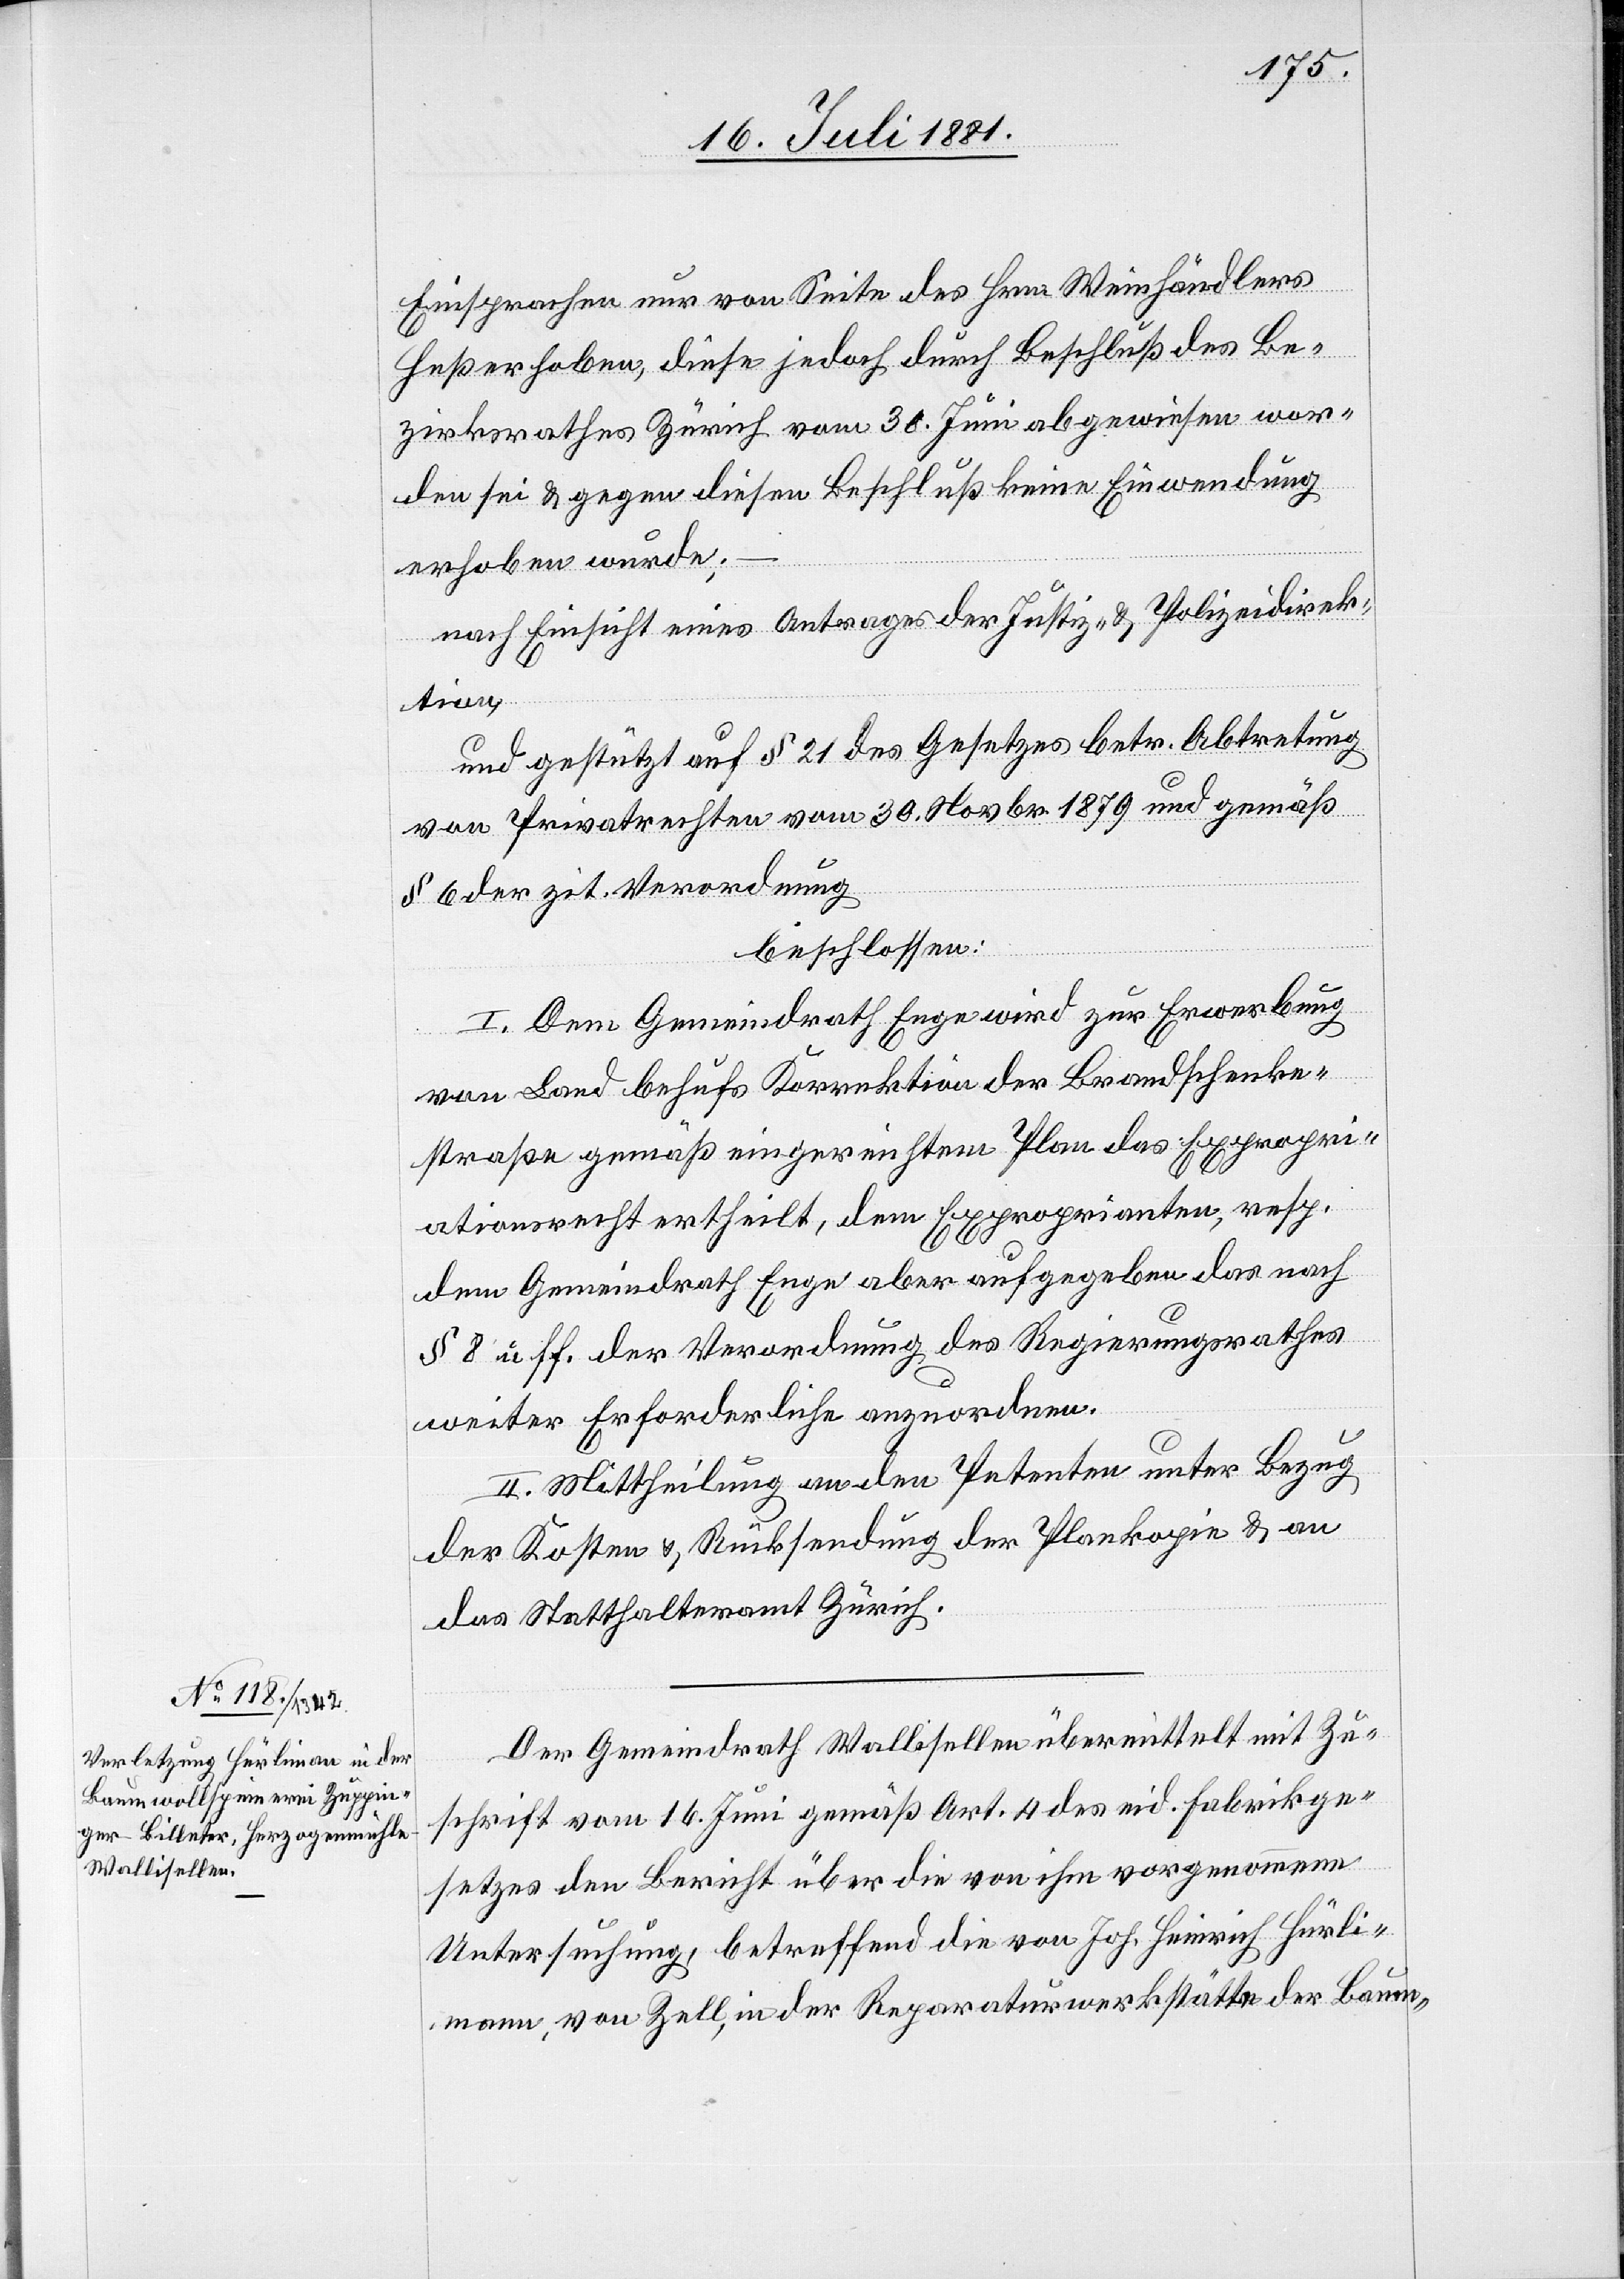
Einsprachen nur von Seite des Hrn. Weinhändlers
B¬
ezirksrathes Zürich vom 30. Juni abgewiesen wor¬
den sei & gegen diesen Beschluß keine Einwendung
erhoben wurde;
nach Einsicht eines Antrages der Justiz- & Polizeidirek¬
tion,
und gestützt auf § 21 des Gesetzes betr. Abtretung
von Privatrechten vom 30. Novbr. 1879 und gemäß
§ 6 der zit. Verordnung
beschlossen:
I. Dem Gemeindrath Enge wird zur Erwerbung
von Land behufs Korrektion der Brandschenke¬
straße gemäß eingereichtem Plan das Expropri¬
ationsrecht ertheilt, dem Exproprianten, resp.
dem Gemeindrath Enge aber aufgegeben das nach
§ 8 u. ff. der Verordnung des Regierungsrathes
weiter erforderliche anzuordnen.
II. Mittheilung an den Petenten unter Bezug
der Kosten & Rücksendung der Plankopie & an
das Statthalteramt Zürich.
Der Gemeindrath Wollishofen übermittelt mit Zu¬
schrift vom 16. Juni gemäß Art. 4 des eid. Fabrikge¬
setzes den Bericht über die von ihm vorgenommene
Untersuchung, betreffend die von Joh. Heinrich Hürli¬
mann [sic!], von Zell, in der Reparaturwerkstätte der Baum-